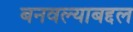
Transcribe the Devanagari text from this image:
बनवल्याबद्दल